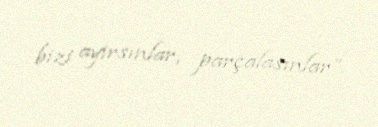
bizi ayırsınlar, parçalasınlar”.